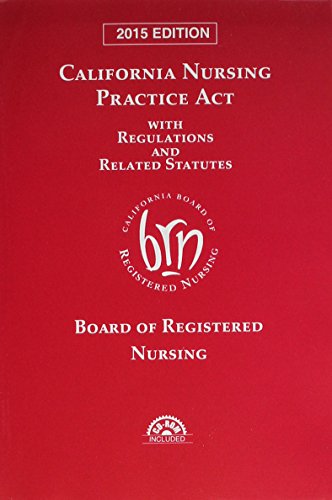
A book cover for California Nursing Practice Act with Regulations and Related Statutes with CD-ROM (2015); Publisher's Editorial Staff; Medical Books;